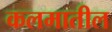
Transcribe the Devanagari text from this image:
कलमातील